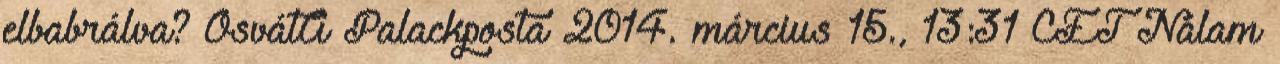
elbabrálva? OsvátA Palackposta 2014. március 15., 13:31 CET Nálam